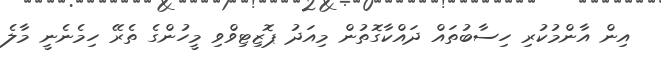
އިން އާންމުކުރި ހިސާބުތައް ދައްކާގޮތުން މިއަދު ޕޮޒިޓިވްވި މީހުންގެ ތެރޭ ހިމެނެނީ މާލެ